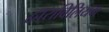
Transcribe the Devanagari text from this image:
द्वाराविलियम